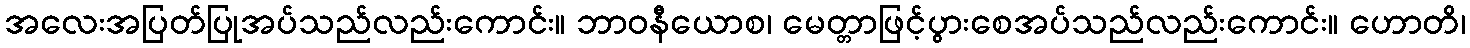
အလေးအပြတ်ပြုအပ်သည်လည်းကောင်း။ ဘာဝနီယောစ၊ မေတ္တာဖြင့်ပွားစေအပ်သည်လည်းကောင်း။ ဟောတိ၊